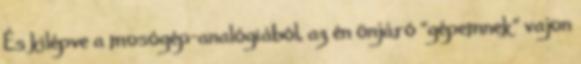
És kilépve a mosógép-analógiából, az én önjáró “gépemnek” vajon